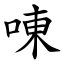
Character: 㖦